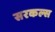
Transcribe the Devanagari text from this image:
सरकल्स